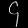
Digit: ၄